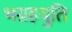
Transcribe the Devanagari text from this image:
भग्रहयुति